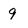
Character: 9